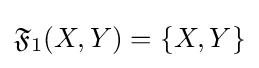
{\mathfrak {F}}_{1}(X,Y)=\{X,Y\}